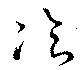
飡